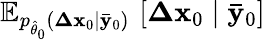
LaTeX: \mathbb{E}_{p_{\hat{\theta}_{0}}(\mathbf{\Delta x}_{0}\mid\mathbf{\bar{y}}_{0})}\, \left[\mathbf{\Delta x}_{0}\mid\mathbf{\bar{y}}_{0}\right]